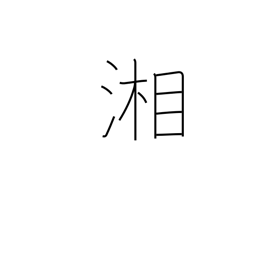
Meaning: the Sagami river